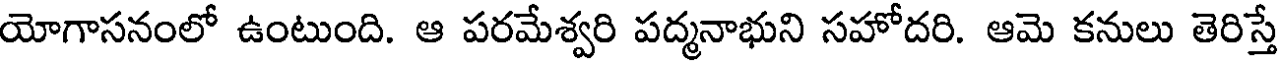
యోగాసనంలో ఉంటుంది. ఆ పరమేశ్వరి పద్మనాభుని సహోదరి. ఆమె కనులు తెరిస్తే